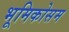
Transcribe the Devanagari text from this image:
भूमिकोसम